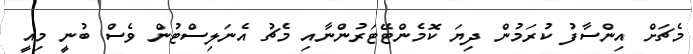
މެޗަށް އިންސާފު ކުރަމުން ދިޔަ ކޮމެންޓޭޓަރުންނާއި މެޗު އެނަލިސްޓުން ވެސް ބުނީ މިއީ